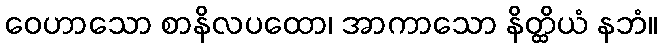
ဝေဟာသော စာနိလပထော၊ အာကာသော နိတ္ထိယံ နဘံ။